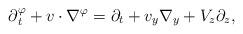
LaTeX: \begin{align*} \partial{_t^\varphi}+v\cdot\nabla^\varphi=\partial_t+v_y\nabla_y+V_z\partial_z,\end{align*}